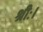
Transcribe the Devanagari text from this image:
श्रीः।